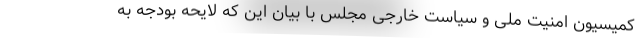
کمیسیون امنیت ملی و سیاست خارجی مجلس با بیان این که لایحه بودجه به